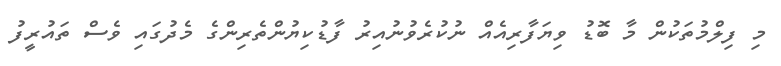
މި ފިލްމުތަކުން މާ ބޮޑު ވިޔަފާރިއެއް ނުކުރެވުނުއިރު ފާޑުކިޔުންތެރިންގެ މެދުގައި ވެސް ތައުރީފު